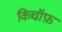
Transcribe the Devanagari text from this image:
किचॉफ़